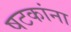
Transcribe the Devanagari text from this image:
षटकांना